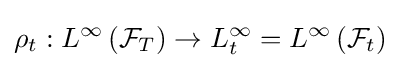
\rho _{t}:L^{\infty }\left({\mathcal {F}}_{T}\right)\rightarrow L_{t}^{\infty }=L^{\infty }\left({\mathcal {F}}_{t}\right)